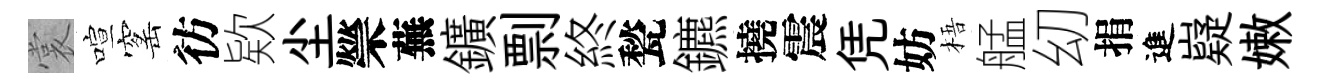
裳喧窰彷欵尘禜蕪鑛剽終甃鑣撓震凭妨梧艋㓜捐進嶷嫩